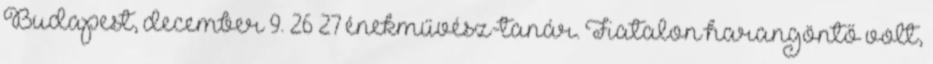
Budapest, december 9. 26 27 énekművész-tanár. Fiatalon harangöntő volt,